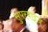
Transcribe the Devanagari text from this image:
सुपरवाइज़